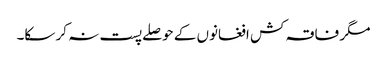
مگر فاقہ کش افغانوں کے حوصلے پست نہ کر سکا۔